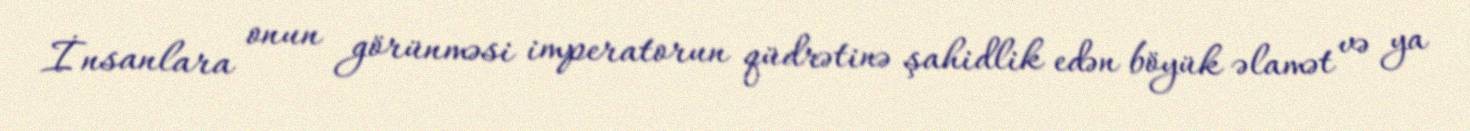
İnsanlara onun görünməsi imperatorun qüdrətinə şahidlik edən böyük əlamət və ya